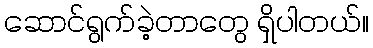
ဆောင်ရွက်ခဲ့တာတွေ ရှိပါတယ်။